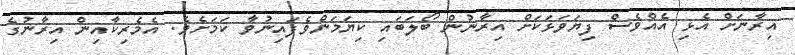
އިރާނަށް އެޅި އެއްވެސް ފިޔަވަޅަކަށް އިރާނުން ބޯލަބައި ކިޔަމަންވެފައިނުވާ ކަމަށެވެ. އެމެރިކާއިން އިރާނުގެ